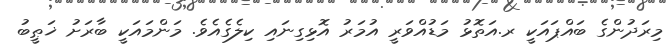
މިރަދުންގެ ބައްޕައަކީ ރ.އަތޮޅު މަޑުއްވަރީ އުމަރު އޮޅިގިނައި ކިލެގެއެވެ. މަންމައަކީ ބާރަށު ޚަޠީބު